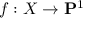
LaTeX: f : X \to \mathbf { P } ^ { 1 }